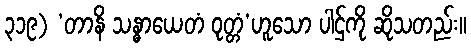
၃၁၉) ‘တာနိ သန္ဓာယေတံ ဝုတ္တံ’ဟူသော ပါဌ်ကို ဆိုသတည်း။